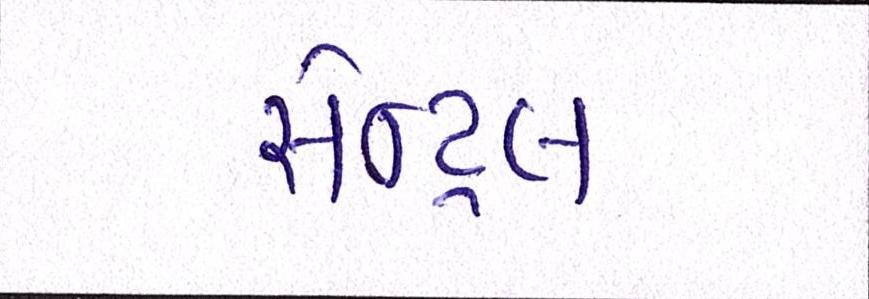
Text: સેન્ટ્રલ